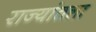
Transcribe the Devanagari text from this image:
राज्यांतला